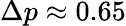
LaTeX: \Delta p\approx 0.65